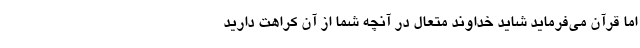
اما قرآن می‌فرماید شاید خداوند متعال در آنچه شما از آن کراهت دارید